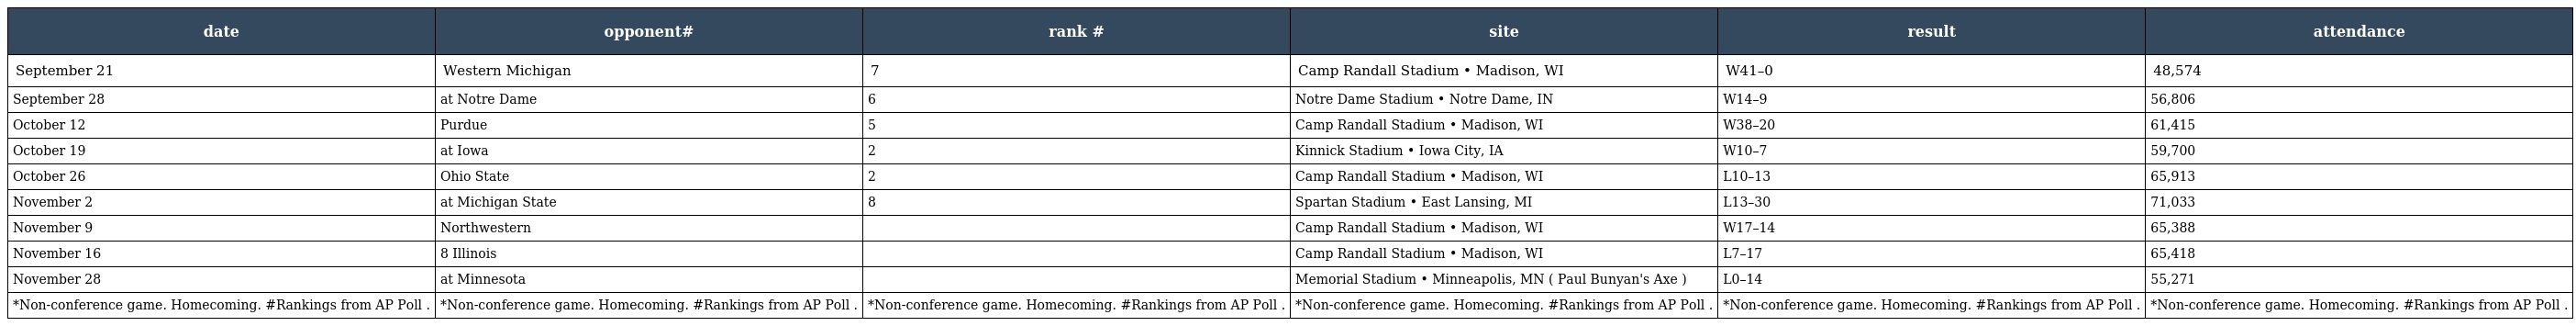
| date | opponent# | rank # | site | result | attendance |
 | --- | --- | --- | --- | --- | --- |
 | September 21 | Western Michigan | 7 | Camp Randall Stadium • Madison, WI | W41–0 | 48,574 |
 | September 28 | at Notre Dame | 6 | Notre Dame Stadium • Notre Dame, IN | W14–9 | 56,806 |
 | October 12 | Purdue | 5 | Camp Randall Stadium • Madison, WI | W38–20 | 61,415 |
 | October 19 | at Iowa | 2 | Kinnick Stadium • Iowa City, IA | W10–7 | 59,700 |
 | October 26 | Ohio State | 2 | Camp Randall Stadium • Madison, WI | L10–13 | 65,913 |
 | November 2 | at Michigan State | 8 | Spartan Stadium • East Lansing, MI | L13–30 | 71,033 |
 | November 9 | Northwestern |  | Camp Randall Stadium • Madison, WI | W17–14 | 65,388 |
 | November 16 | 8 Illinois |  | Camp Randall Stadium • Madison, WI | L7–17 | 65,418 |
 | November 28 | at Minnesota |  | Memorial Stadium • Minneapolis, MN ( Paul Bunyan's Axe ) | L0–14 | 55,271 |
 | *Non-conference game. Homecoming. #Rankings from AP Poll . | *Non-conference game. Homecoming. #Rankings from AP Poll . | *Non-conference game. Homecoming. #Rankings from AP Poll . | *Non-conference game. Homecoming. #Rankings from AP Poll . | *Non-conference game. Homecoming. #Rankings from AP Poll . | *Non-conference game. Homecoming. #Rankings from AP Poll . |